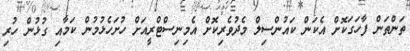
ތަންތަން ފާހަގަކޮށް އެކަން ކައުންސިލް މެދުވެރިކޮށް އެމިނިސްޓްރީއަށް ހުށަހެޅުުމުން ކަމާއި ގުޅުން ހުރި